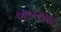
બાબરઘાટ